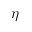
\eta